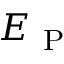
E _ { \mathrm { ~ P ~ } }